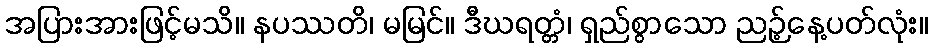
အပြားအားဖြင့်မသိ။ နပဿတိ၊ မမြင်။ ဒီဃရတ္တံ၊ ရှည်စွာသော ညဉ့်နေ့ပတ်လုံး။